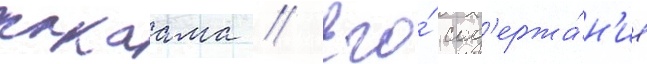
сакаама // Его́ сод'ержа́н'ие